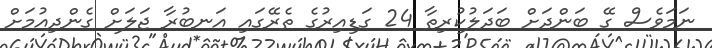
ނަމަވެސް ގޭ ބަންދަށް ބަދަލުކުރިތާ 24 ގަޑިއިރުގެ ތެރޭގައި އަނބުރާ ޖަލަށް ގެންދިއުމަށް